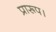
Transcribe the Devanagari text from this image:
प्रारूप।